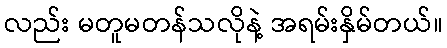
လည်း မတူမတန်သလိုနဲ့ အရမ်းနှိမ်တယ်။